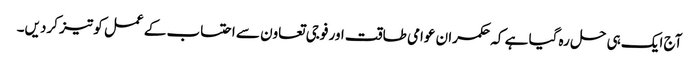
آج ایک ہی حل رہ گیا ہے کہ حکمران عوامی طاقت اور فوجی تعاون سے احتساب کے عمل کو تیز کردیں۔